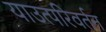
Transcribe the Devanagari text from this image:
याउत्परिवर्तन